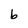
Character: b